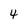
Character: 4